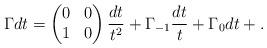
LaTeX: \begin{align*}\Gamma dt = \begin{pmatrix} 0 & 0 \\ 1 & 0 \end{pmatrix} \frac{dt}{t^2} +\Gamma_{-1} \frac{dt}{t} + \Gamma_0 dt + .\end{align*}